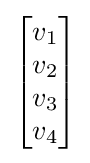
{\begin{bmatrix}v_{1}\\v_{2}\\v_{3}\\v_{4}\\\end{bmatrix}}